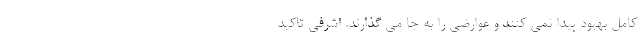
کامل بهبود پیدا نمی کنند و عوارضی را به جا می گذارند. اشرفی تاکید